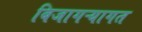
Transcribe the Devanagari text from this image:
बिजागऱ्यागत